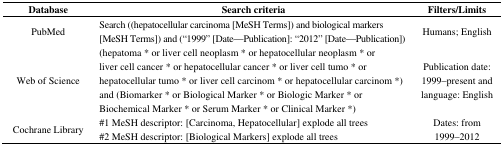
<table><thead><tr><td><b>Database</b></td><td><b>Search criteria</b></td><td><b>Filters/Limits</b></td></tr></thead><tbody><tr><td>PubMed</td><td>Search ((hepatocellular carcinoma [MeSH Terms]) and biological markers [MeSH Terms]) and (“1999” [Date—Publication]: “2012” [Date—Publication])</td><td>Humans; English</td></tr><tr><td>Web of Science</td><td>(hepatoma * or liver cell neoplasm * or hepatocellular neoplasm * or liver cell cancer * or hepatocellular cancer * or liver cell tumo * or hepatocellular tumo * or liver cell carcinom * or hepatocellular carcinom *) and (Biomarker * or Biological Marker * or Biologic Marker * or Biochemical Marker * or Serum Marker * or Clinical Marker *)</td><td>Publication date: 1999–present and language: English</td></tr><tr><td>Cochrane Library</td><td>#1 MeSH descriptor: [Carcinoma, Hepatocellular] explode all trees#2 MeSH descriptor: [Biological Markers] explode all trees</td><td>Dates: from 1999–2012</td></tr></tbody></table>